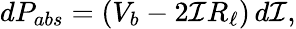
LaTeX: \mathop{dP_{abs}}=(V_{b}-2\mathcal{I}R_{\ell})\mathop{d\mathcal{I}},